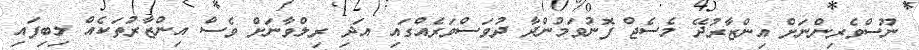
ނޫސްވެރިންނަށް އިންޒާރުދޭ މެސެޖް ފޮނުވަމުންދާ ދުވަސްވަރެއްގައި އަދި ރިލްވާނަށް ވެސް އިންޒާރުތަކެއް ލިބިފައި